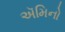
ઍમિનો